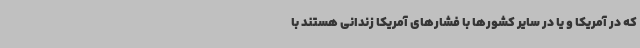
که در آمریکا و یا در سایر کشورها با فشارهای آمریکا زندانی هستند با